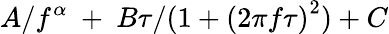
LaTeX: A/f^{\alpha}\ +\ B\tau/(1+\left(2\pi f\tau\right)^{2})+C